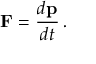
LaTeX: \mathbf { F } = { \frac { d \mathbf { p } } { d t } } \, .